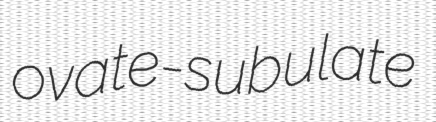
ovate-subulate